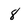
Character: 8